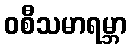
ဝစီသမာရမ္ဘာ